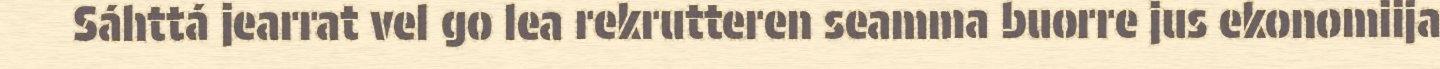
Sáhttá jearrat vel go lea rekrutteren seamma buorre jus ekonomiija